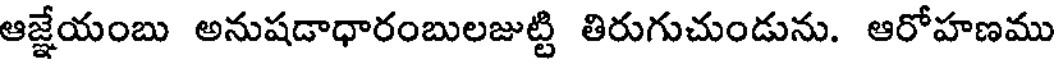
ఆజ్జేయంబు అనుషడాధారంబులజుట్టి తిరుగుచుండును. ఆరోహణము